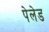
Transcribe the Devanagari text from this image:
पेलेड